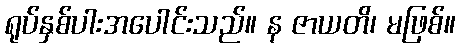
ရုပ်နှစ်ပါးအပေါင်းသည်။ န ဇာယတိ၊ မဖြစ်။